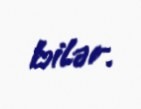
bilər.